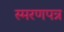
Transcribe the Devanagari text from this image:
स्मरणपत्र